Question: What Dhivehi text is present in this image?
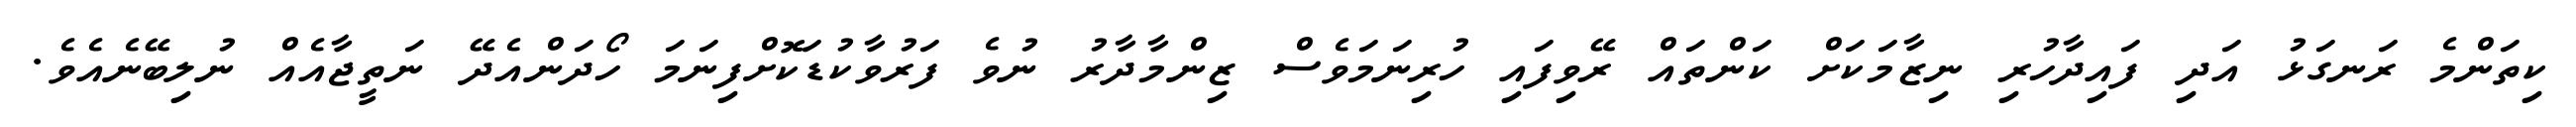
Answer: ކިތަންމެ ރަނގަޅު އަދި ފައިދާހުރި ނިޒާމަކަށް ކަންތައް ރޭވިފައި ހުރިނަމަވެސް ޒިންމާދާރު ނުވެ ފަރުވާކުޑަކޮށްފިނަމަ ހޯދަންއެދޭ ނަތީޖާއެއް ނުލިބޭނެއެވެ.